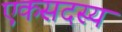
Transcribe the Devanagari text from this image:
एकसदस्य